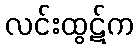
လင်းထွဋ်က